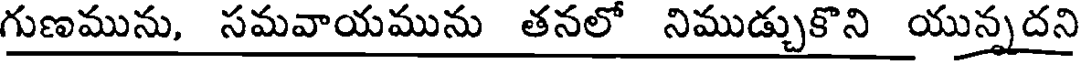
గుణమును, సమవాయమును తనలో నిముడ్చుకొని యున్నదని